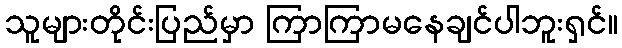
သူများတိုင်းပြည်မှာ ကြာကြာမနေချင်ပါဘူးရှင်။